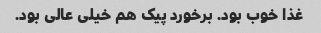
غذا خوب بود. برخورد پیک هم خیلی عالی بود.